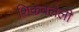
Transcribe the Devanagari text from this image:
शिकवलेली